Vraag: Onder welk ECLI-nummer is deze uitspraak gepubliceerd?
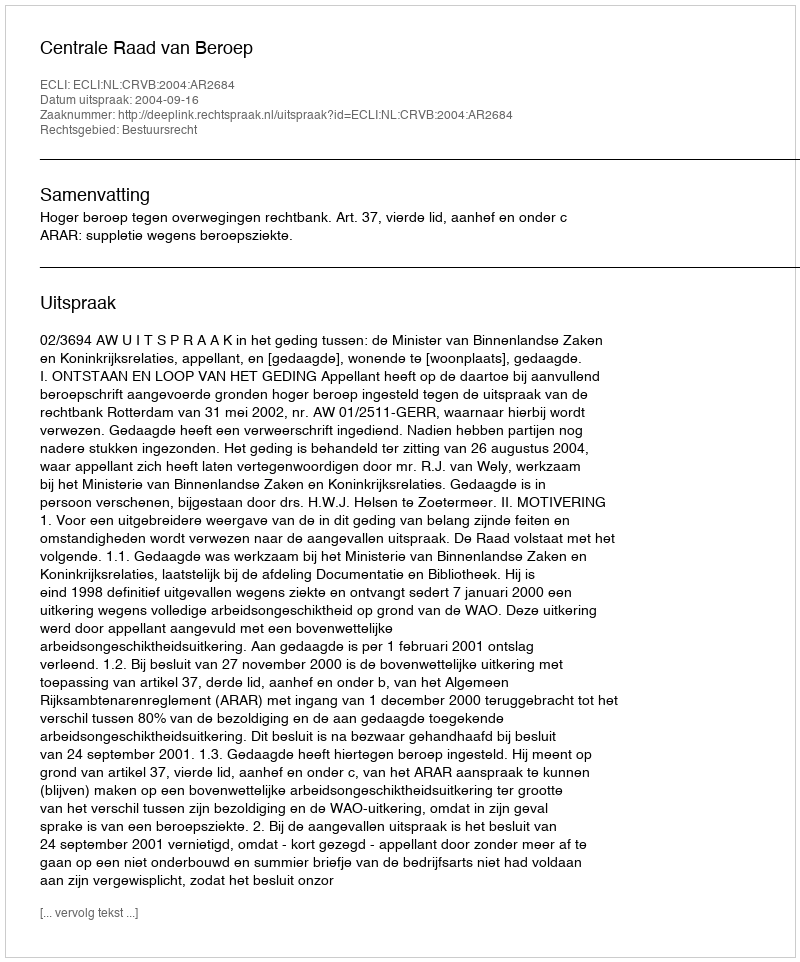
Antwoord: ECLI:NL:CRVB:2004:AR2684